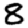
Digit: 8